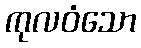
ကုလဝံသော